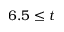
6 . 5 \leq t